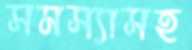
সমস্যাসহ